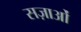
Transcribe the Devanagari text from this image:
सज़ाओं